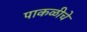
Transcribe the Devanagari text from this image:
पाकळीचे